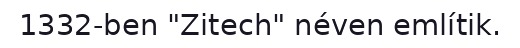
1332-ben "Zitech" néven említik.